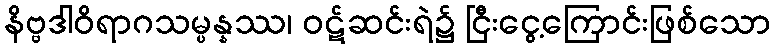
နိဗ္ဗဒါဝိရာဂသမ္ပန္နဿ၊ ဝဋ်ဆင်းရဲ၌ ငြီးငွေ့ကြောင်းဖြစ်သော